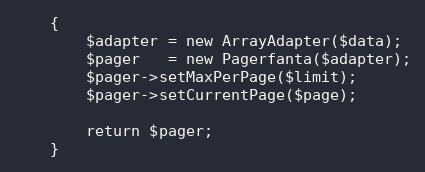
Language: PHP
    {
        $adapter = new ArrayAdapter($data);
        $pager   = new Pagerfanta($adapter);
        $pager->setMaxPerPage($limit);
        $pager->setCurrentPage($page);

        return $pager;
    }